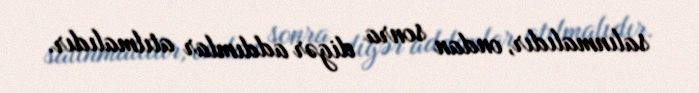
salınmalıdır, ondan sonra digər addımlar atılmalıdır.